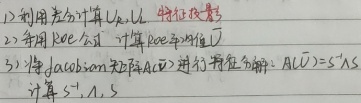
1) 利用公式计算 \(U_a,U_b\) 特征参数。
2) 利用 \(R_{ee}\) 公式，计算 \(R_{ee}\) 特征值。
3) 将 \(Jacobian\) 矩阵 \(A(\bar{U})\) 进行特征分解：\(A(\bar{U}) = S^{-1}\Lambda S\)，计算 \(S^{-1},\Lambda,S\)。